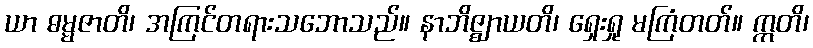
ယာ ဓမ္မဇာတိ၊ အကြင်တရားသဘောသည်။ နာဘိဇ္ဈာယတိ၊ ရှေးရှု မကြံတတ်။ ဣတိ၊